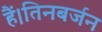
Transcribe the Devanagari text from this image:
हैं।तिनबर्जन